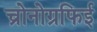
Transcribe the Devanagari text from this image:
च्रोनोग्रफिई